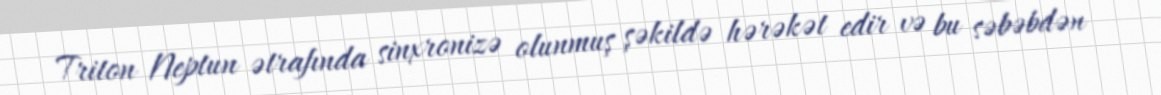
Triton Neptun ətrafında sinxronizə olunmuş şəkildə hərəkət edir və bu səbəbdən